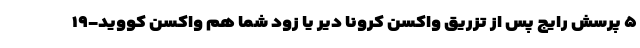
۵ پرسش رایج پس از تزریق واکسن کرونا دیر یا زود شما هم واکسن کووید-۱۹